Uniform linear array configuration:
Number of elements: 8
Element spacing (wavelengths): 1
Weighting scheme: uniform
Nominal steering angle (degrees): -45
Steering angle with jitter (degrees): -43.481
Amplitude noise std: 0.05
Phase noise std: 0.05

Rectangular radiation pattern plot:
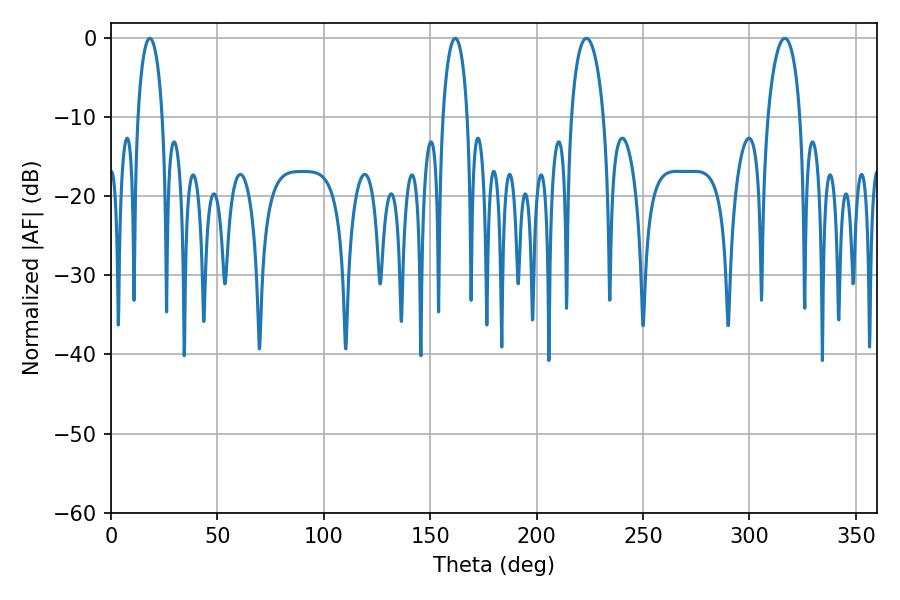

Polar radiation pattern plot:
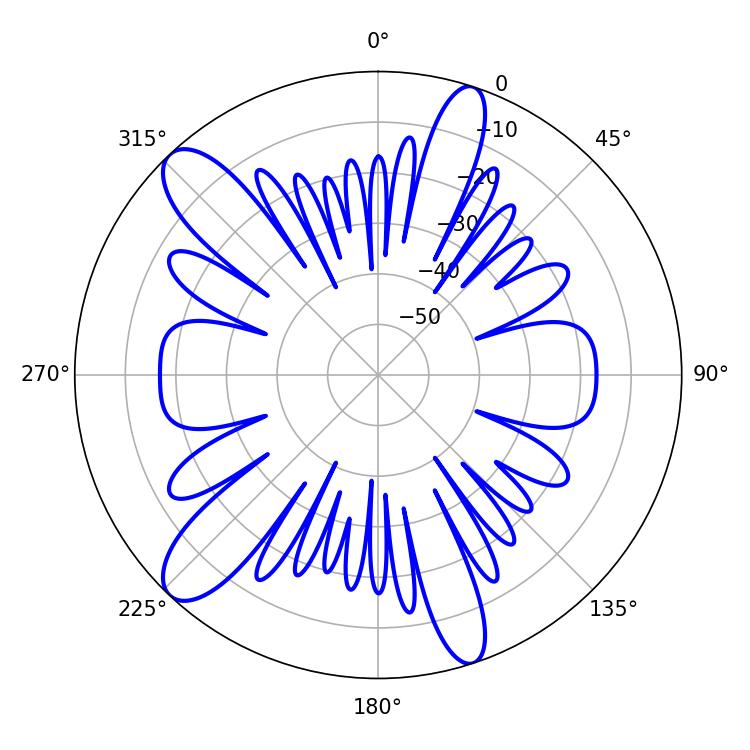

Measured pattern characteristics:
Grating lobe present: TRUE
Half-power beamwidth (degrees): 8.64
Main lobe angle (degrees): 223.38